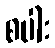
စပါး